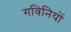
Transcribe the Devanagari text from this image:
गविनियों